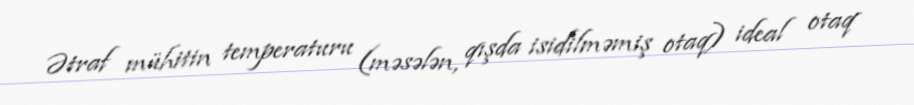
Ətraf mühitin temperaturu (məsələn, qışda isidilməmiş otaq) ideal otaq